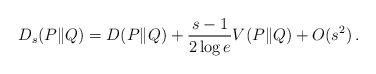
LaTeX: \begin{align*} D_s(P\|Q) = D(P\|Q) + \frac{s-1}{2 \log e} V(P\|Q) + O(s^2) \,. \end{align*}